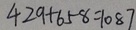
4 2 9 + 6 5 8 = 1 0 8 7